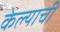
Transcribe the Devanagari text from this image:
केेल्याची